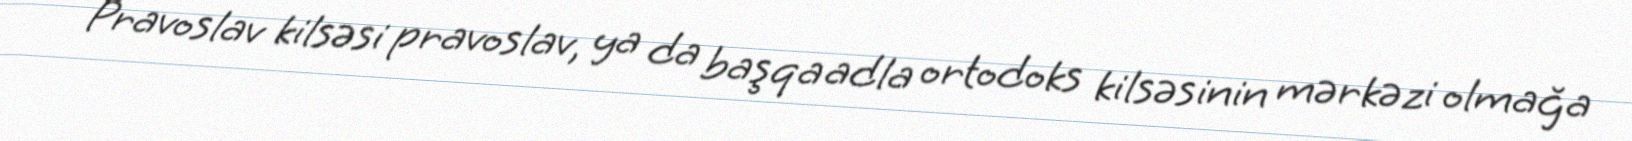
Pravoslav kilsəsi pravoslav, ya da başqa adla ortodoks kilsəsinin mərkəzi olmağa